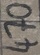
Text: 470